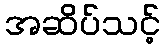
အဆိပ်သင့်